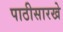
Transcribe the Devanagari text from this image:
पाठीसारखे